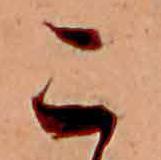
こ